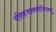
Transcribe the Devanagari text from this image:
रसिकजनमनोभिराममु